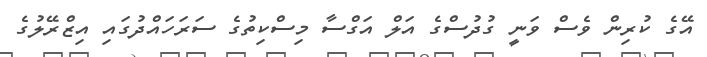
އޭގެ ކުރިން ވެސް ވަނީ ގުދުސްގެ އަލް އަގްސާ މިސްކިތުގެ ސަރަހައްދުގައި އިޒްރޭލުގެ